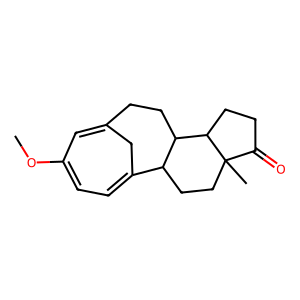
SMILES: COC1=CC=C2CC(=C1)CCC1C2CCC2(C)C(=O)CCC12
Inhibits HIV replication: No